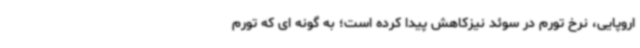
اروپایی، نرخ تورم در سوئد نیزکاهش پیدا کرده است؛ به گونه ای که تورم